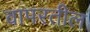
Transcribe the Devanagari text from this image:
वापरतील